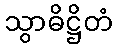
သွာဓိဋ္ဌိတံ